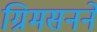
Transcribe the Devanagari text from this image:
ग्रिमसनने